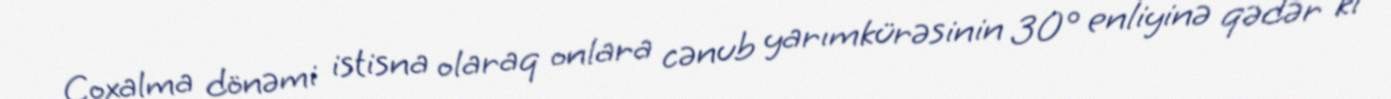
Çoxalma dönəmi istisna olaraq onlara cənub yarımkürəsinin 30° enliyinə qədər ki